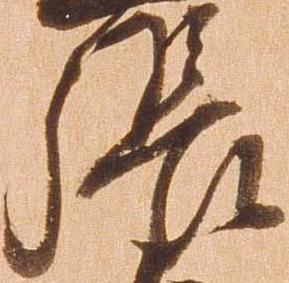
張